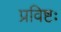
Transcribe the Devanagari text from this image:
प्रविष्टः